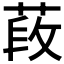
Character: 𦵍